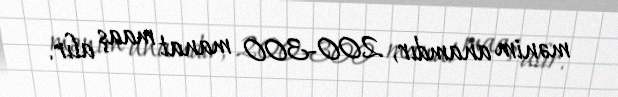
mənim anamdır, 200-300 manat maaş alır.